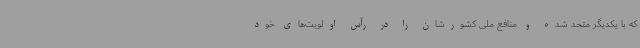
که با یکدیگر متحد شده و منافع ملی کشورشان را در رأس اولویت‌های خود